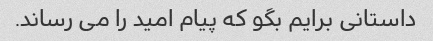
داستانی برایم بگو که پیام امید را می رساند.